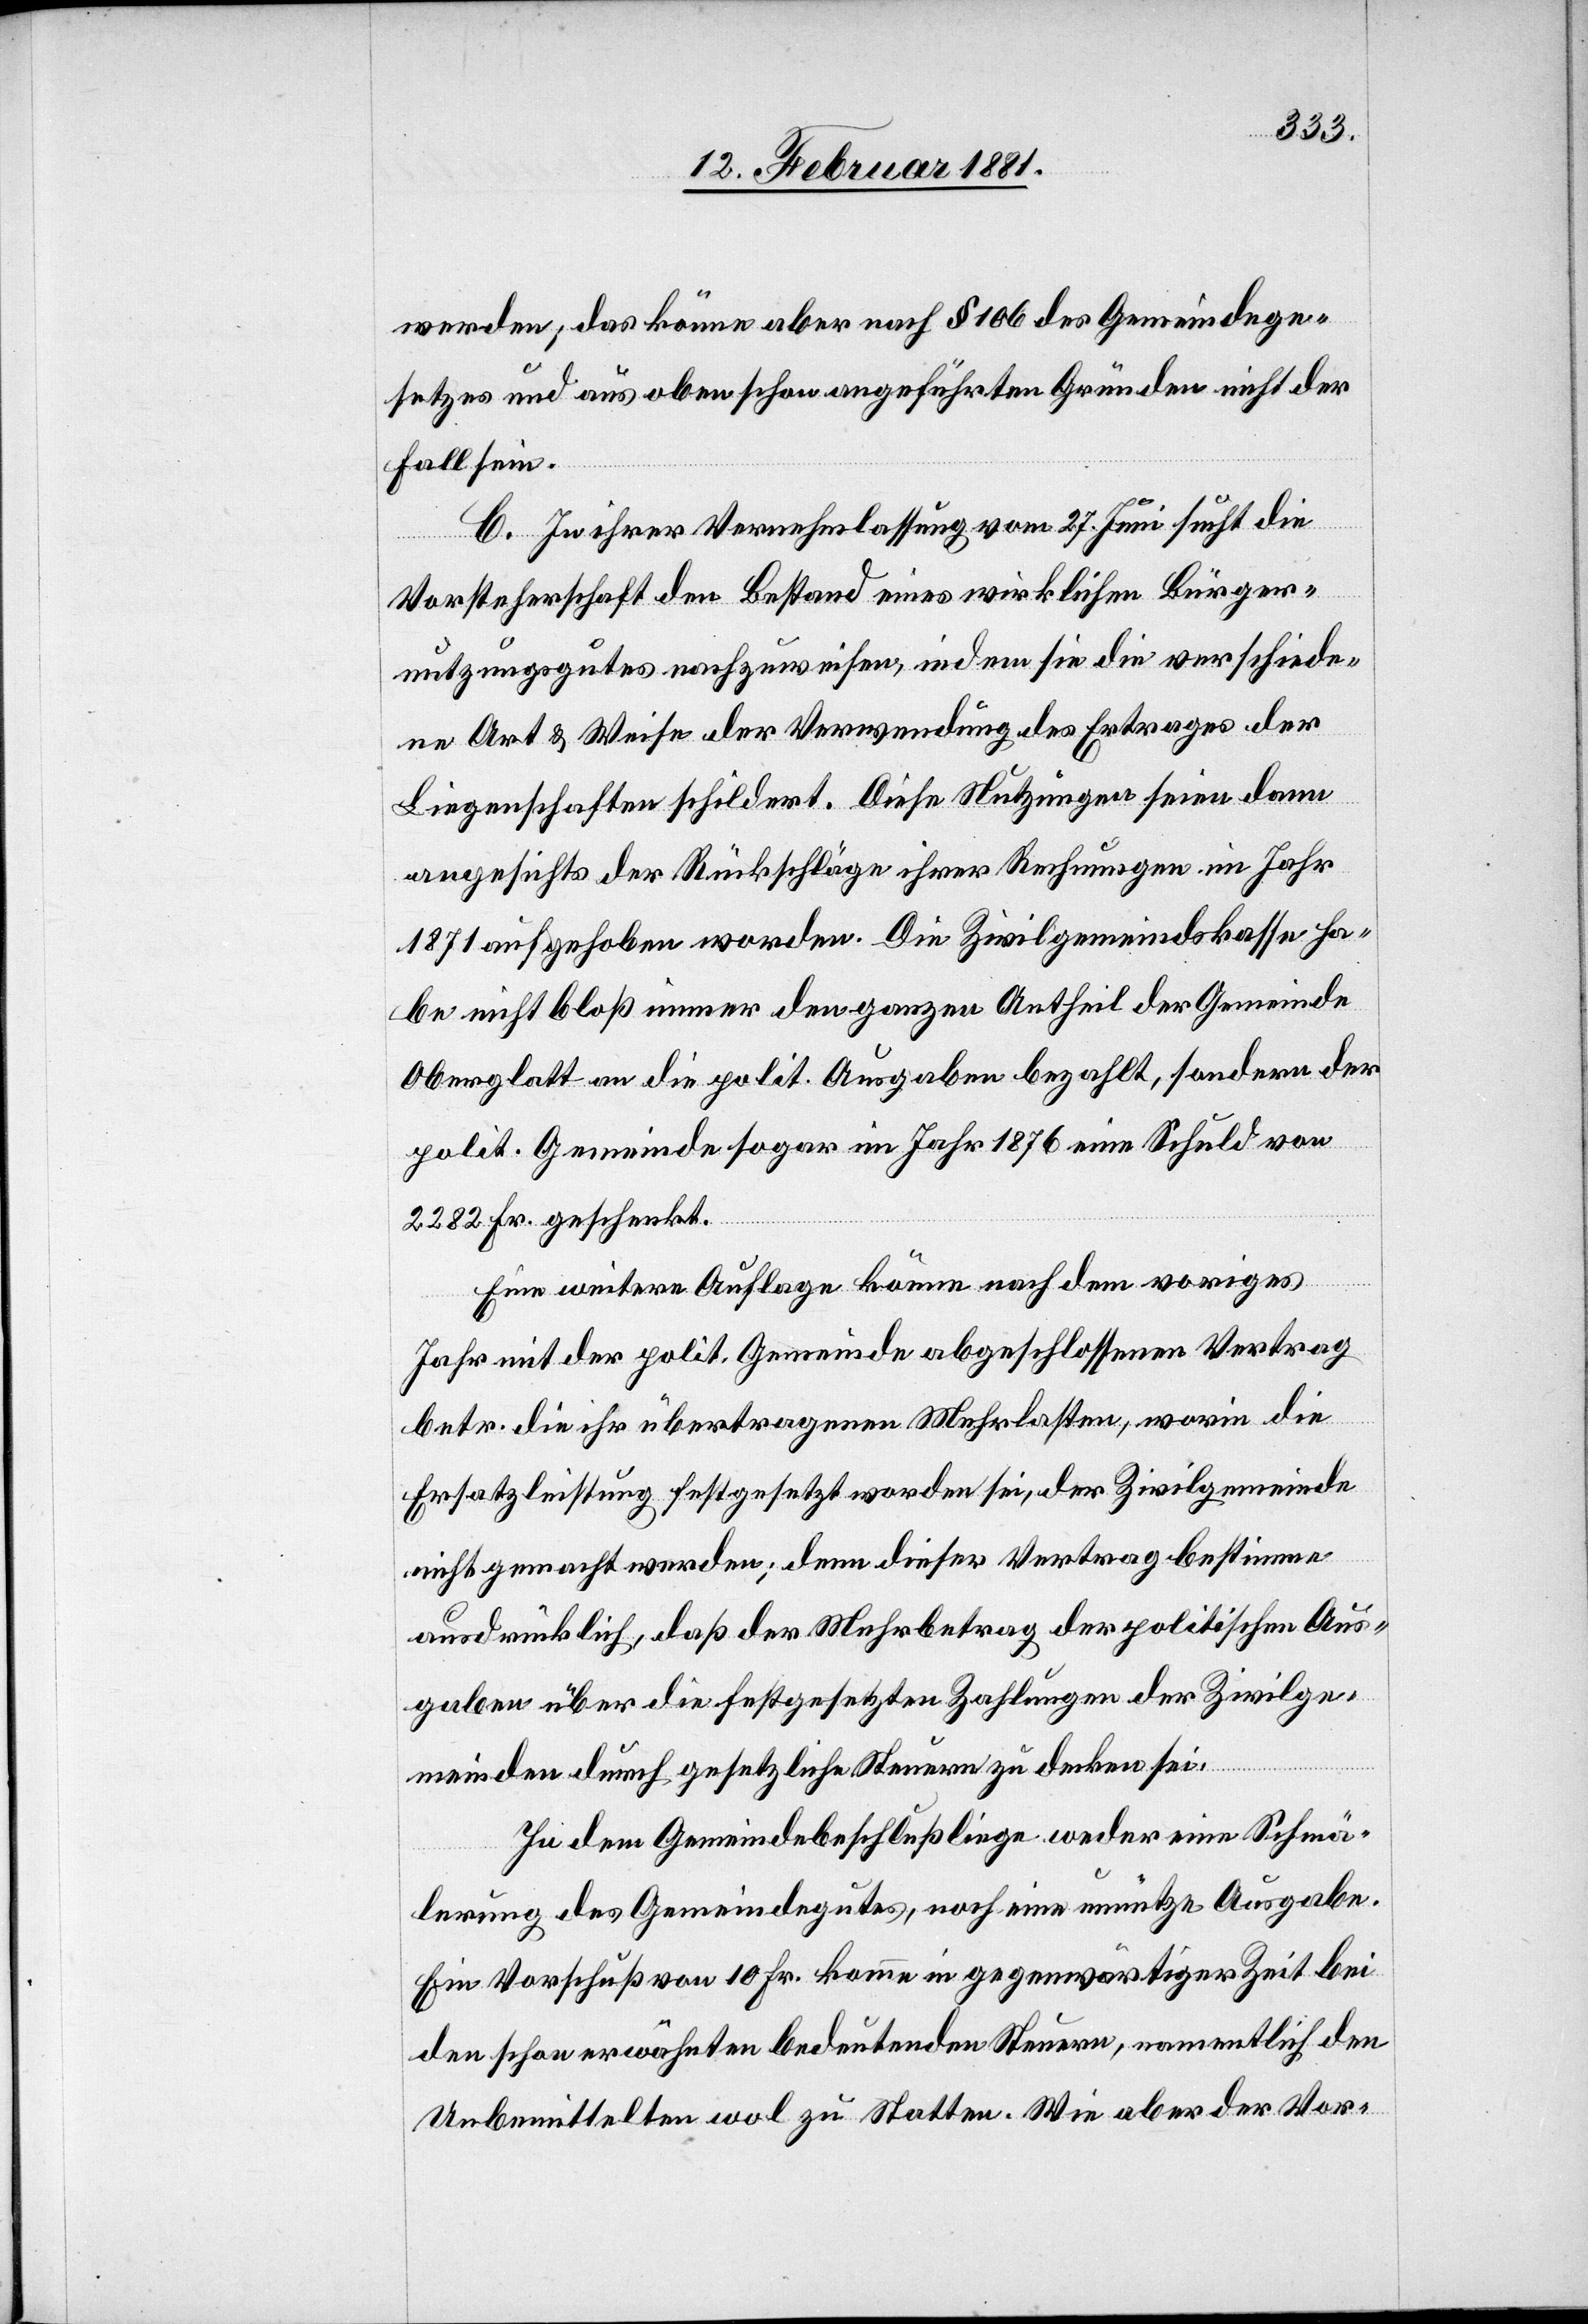
werden; das könne aber nach § 106 des Gemeindege¬
setzes und aus oben schon angeführten Gründen nicht der
Fall sein.
C. In ihrer Vernehmlassung vom 27. Juni sucht die
Vorsteherschaft den Bestand eines wirklichen Bürger¬
nutzungsgutes nachzuweisen, indem sie die verschiede¬
ne Art & Weise der Verwendung des Ertrages der
Liegenschaften schildert. Diese Nutzungen seien dann
angesichts der Rückschläge ihrer Rechnungen im Jahr
1871 aufgehoben worden. Die Zivilgemeindskasse ha¬
be nicht bloß immer den ganzen Antheil der Gemeinde
Oberglatt an die polit. Ausgaben bezahlt, sondern der
polit. Gemeinde sogar im Jahr 1876 eine Schuld von
2282 Fr. geschenkt.
Eine weitere Auflage könne nach dem voriges
Jahr mit der polit. Gemeinde abgeschlossenen Vertrag
betr. die ihr übertragenen Mehrkosten, worin die
Ersatzleistung festgesetzt worden sei, der Zivilgemeinde
nicht gemacht werden; denn dieser Vertrag bestimme
ausdrücklich, daß der Mehrbetrag der politischen Aus¬
gaben über die festgesetzten Zahlungen der Zivilge¬
meinden durch gesetzliche Steuern zu decken sei.
In dem Gemeindebeschluß liege weder eine Schmä¬
lerung des Gemeindegutes, noch eine unnütze Ausgabe.
Ein Vorschuß von 10 Fr. komme in gegenwärtiger Zeit bei
den schon erwähnten bedeutenden Steuern, namentlich den
Unbemittelten wol zu Statten. Wie aber der Vor-